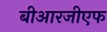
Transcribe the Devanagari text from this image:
बीआरजीएफ